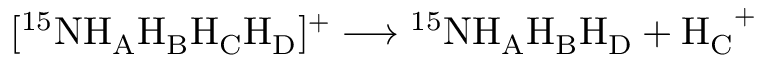
[ ^ { 1 5 } \mathrm { N H _ { A } H _ { B } H _ { C } H _ { D } } ] ^ { + } \longrightarrow \mathrm { ^ { 1 5 } N H _ { A } H _ { B } H _ { D } } + \mathrm { H _ { C } } ^ { + }